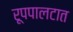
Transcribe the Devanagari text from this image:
रूपपालटात